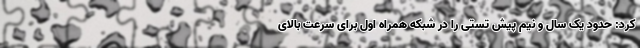
کرد: حدود یک سال و نیم پیش تستی را در شبکه همراه اول برای سرعت بالای